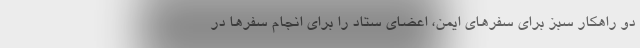
دو راهکار سبز برای سفرهای ایمن، اعضای ستاد را برای انجام سفرها در